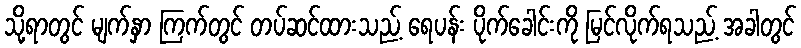
သို့ရာတွင် မျက်နှာ ကြက်တွင် တပ်ဆင်ထားသည့် ရေပန်း ပိုက်ခေါင်းကို မြင်လိုက်ရသည့် အခါတွင်